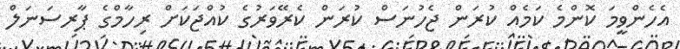
އެހެންވީމަ ކޮންމެ ކަމެއް ކުރަން ޖެހުނަސް ކުރަން ކެރޭވަރުގެ ކުއްޖަކަށް ރިހާމްގެ ޕާރސަނަލް